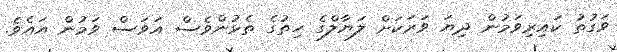
ވަގުތު ކައިރިވަމުން ދިޔަ ވަރަކަށް ލަޔާލްގެ ހިތުގެ ތެޅުންވެސް އަވަސް ވަމުން އައެވެ.